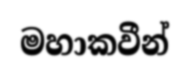
මහාකවීන්